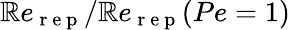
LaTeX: \mathbb{R}e_{\mathrm{{~r~e~p~}}}/\mathbb{R}e_{\mathrm{{~r~e~p~}}}(Pe=1)